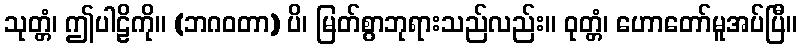
သုတ္တံ၊ ဤပါဠိကို။ (ဘဂဝတာ) ပိ၊ မြတ်စွာဘုရားသည်လည်း။ ဝုတ္တံ၊ ဟောတော်မူအပ်ပြီ။